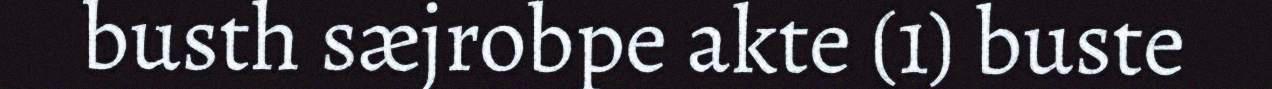
busth sæjrobpe akte (1) buste